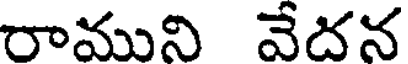
రాముని వేదన